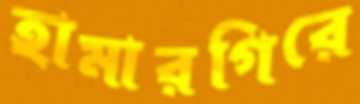
হামারগিরে